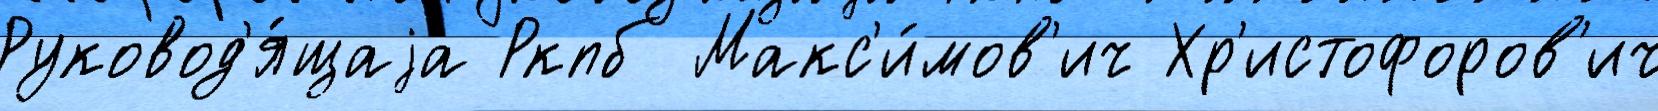
Руковод'я́щаjа Ркпб Макс'и́мов'ич Хр'истофоров'ич